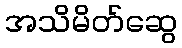
အသိမိတ်ဆွေ